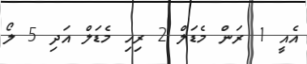
އެއީ 1 ރަން މެޑަލް 2 ރިހި މެޑަލް އަދި 5 ލޯ